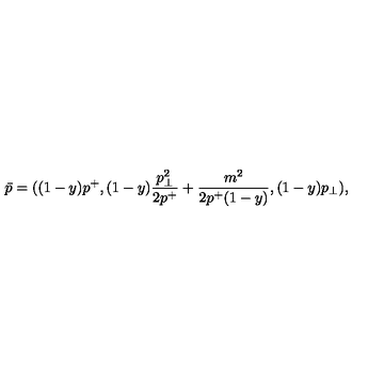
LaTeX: \bar { p } = ( ( 1 - y ) p ^ { + } , ( 1 - y ) { \frac { p _ { \perp } ^ { 2 } } { 2 p ^ { + } } } + { \frac { m ^ { 2 } } { 2 p ^ { + } ( 1 - y ) } } , ( 1 - y ) p _ { \perp } ) ,